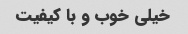
خیلی خوب و با کیفیت